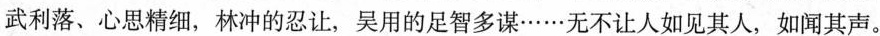
武利落、心思精细，林冲的忍让，吴用的足智多谋……无不让人如见其人，如闻其声。